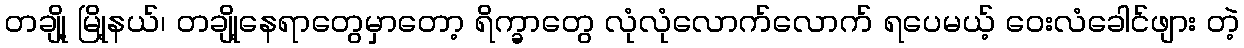
တချို့ မြို့နယ်၊ တချို့နေရာတွေမှာတော့ ရိက္ခာတွေ လုံလုံလောက်လောက် ရပေမယ့် ဝေးလံခေါင်ဖျား တဲ့